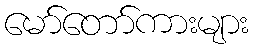
မော်တော်ကားများ